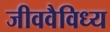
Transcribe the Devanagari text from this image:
जीववैविध्य